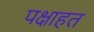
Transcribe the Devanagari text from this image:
पक्षाहत